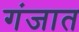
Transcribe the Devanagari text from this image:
गंजात